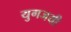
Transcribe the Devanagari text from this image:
युगजयी